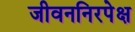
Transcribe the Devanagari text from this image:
जीवननिरपेक्ष